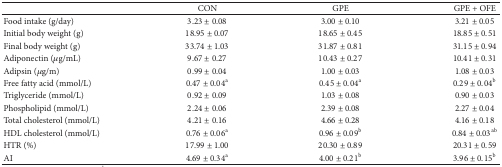
|  | CON | GPE | GPE + OFE |
 | --- | --- | --- | --- |
 | Food intake (g/day) | 3.23 ± 0.08 | 3.00 ± 0.10 | 3.21 ± 0.05 |
 | Initial body weight (g) | 18.95 ± 0.07 | 18.65 ± 0.45 | 18.85 ± 0.51 |
 | Final body weight (g) | 33.74 ± 1.03 | 31.87 ± 0.81 | 31.15 ± 0.94 |
 | Adiponectin (μg/mL) | 9.67 ± 0.27 | 10.43 ± 0.27 | 10.41 ± 0.31 |
 | Adipsin (μg/m) | 0.99 ± 0.04 | 1.00 ± 0.03 | 1.08 ± 0.03 |
 | Free fatty acid (mmol/L) | 0.47 ± 0.04a | 0.45 ± 0.04a | 0.29 ± 0.04b |
 | Triglyceride (mmol/L) | 0.92 ± 0.09 | 1.03 ± 0.08 | 0.90 ± 0.03 |
 | Phospholipid (mmol/L) | 2.24 ± 0.06 | 2.39 ± 0.08 | 2.27 ± 0.04 |
 | Total cholesterol (mmol/L) | 4.21 ± 0.16 | 4.66 ± 0.28 | 4.16 ± 0.18 |
 | HDL cholesterol (mmol/L) | 0.76 ± 0.06a | 0.96 ± 0.09b | 0.84 ± 0.03ab |
 | HTR (%) | 17.99 ± 1.00 | 20.30 ± 0.89 | 20.31 ± 0.59 |
 | AI | 4.69 ± 0.34a | 4.00 ± 0.21b | 3.96 ± 0.15b |